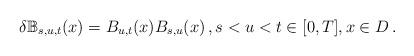
LaTeX: \begin{align*}\delta \mathbb{B} _{s,u,t}(x)=B_{u,t}(x)B_{s,u}(x)\,,s<u<t\in [0,T],x\in D\,.\end{align*}